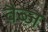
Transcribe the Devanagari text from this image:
वैब्ज़